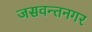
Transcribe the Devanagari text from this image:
जसवन्तनगर